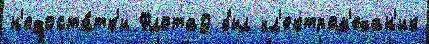
н'едоста́тк'и Флота9 был эл'ектром'ехан'ик